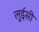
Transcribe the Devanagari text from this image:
लुईसी